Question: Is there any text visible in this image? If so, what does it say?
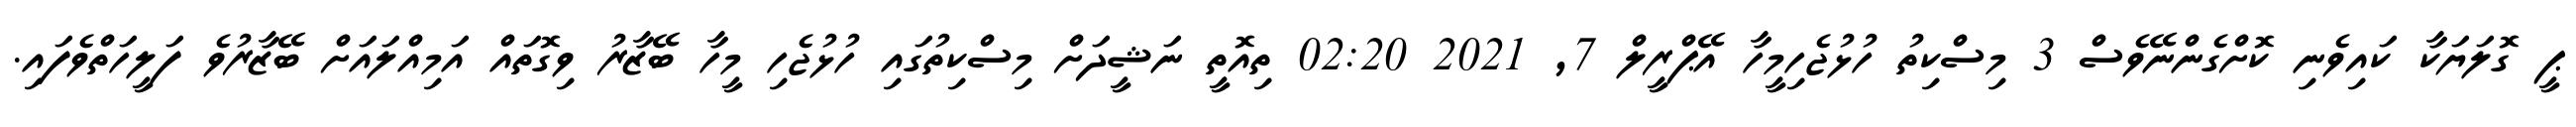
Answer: ޕީ ގޮލަޔަކާ ކައިވެނި ކޮށްގެންނޭވެސް 3 މިސްކިތު ހުޅުޖެހިމީހާ އޭޕްރީލް 7, 2021 02:20 ތިއޮތީ ނަޝީދަށް މިސްކިތުގައި ހުޅުޖެހި މީހާ ބޭޒާރު ވިގޮތައް އަމިއްލައަށް ބޭޒާރުވެ ފަލީހަތްވެފައި.